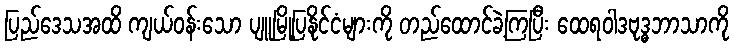
ပြည်ဒေသအထိ ကျယ်ဝန်းသော ပျူမြို့ပြနိုင်ငံများကို တည်ထောင်ခဲ့ကြပြီး ထေရဝါဒဗုဒ္ဓဘာသာကို